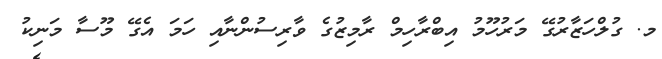
މ. ގުލްހަޒާރުގޭ މަރުހޫމު އިބްރާހިމް ރާމިޒުގެ ވާރިސުންނާއި ހަމަ އެގޭ މޫސާ މަނިކު